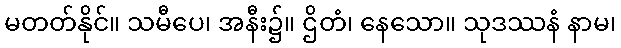
မတတ်နိုင်။ သမီပေ၊ အနီး၌။ ဌိတံ၊ နေသော။ သုဒဿနံ နာမ၊